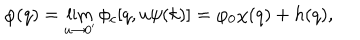
\varphi ( q ) = \lim _ { u \to 0 ^ { \prime } } \phi _ { c } [ q , u \psi ( k ) ] = \varphi _ { 0 } \chi ( q ) + h ( q ) ,